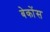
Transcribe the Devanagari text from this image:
बेकोंस